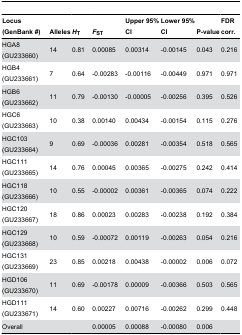
<table><thead><tr><td><b>Locus (GenBank #)</b></td><td><b>Alleles</b></td><td><b><i>H</i><sub>T</sub></b></td><td><b><i>F</i><sub>ST</sub></b></td><td><b>Upper 95% CI</b></td><td><b>Lower 95% CI</b></td><td><b>P-value</b></td><td><b>FDR corr.</b></td></tr></thead><tbody><tr><td>HGA8 (GU233660)</td><td>14</td><td>0.81</td><td>0.00085</td><td>0.00314</td><td>-0.00145</td><td>0.043</td><td>0.216</td></tr><tr><td>HGB4 (GU233661)</td><td>7</td><td>0.64</td><td>-0.00283</td><td>-0.00116</td><td>-0.00449</td><td>0.971</td><td>0.971</td></tr><tr><td>HGB6 (GU233662)</td><td>11</td><td>0.79</td><td>-0.00130</td><td>-0.00005</td><td>-0.00256</td><td>0.395</td><td>0.526</td></tr><tr><td>HGC6 (GU233663)</td><td>10</td><td>0.38</td><td>0.00140</td><td>0.00434</td><td>-0.00154</td><td>0.115</td><td>0.276</td></tr><tr><td>HGC103 (GU233664)</td><td>9</td><td>0.69</td><td>-0.00036</td><td>0.00281</td><td>-0.00354</td><td>0.518</td><td>0.565</td></tr><tr><td>HGC111 (GU233665)</td><td>14</td><td>0.76</td><td>0.00045</td><td>0.00365</td><td>-0.00275</td><td>0.242</td><td>0.414</td></tr><tr><td>HGC118 (GU233666)</td><td>10</td><td>0.55</td><td>-0.00002</td><td>0.00361</td><td>-0.00365</td><td>0.074</td><td>0.222</td></tr><tr><td>HGC120 (GU233667)</td><td>18</td><td>0.86</td><td>0.00023</td><td>0.00283</td><td>-0.00238</td><td>0.192</td><td>0.384</td></tr><tr><td>HGC129 (GU233668)</td><td>10</td><td>0.59</td><td>-0.00072</td><td>0.00119</td><td>-0.00263</td><td>0.054</td><td>0.216</td></tr><tr><td>HGC131 (GU233669)</td><td>23</td><td>0.85</td><td>0.00218</td><td>0.00438</td><td>-0.00002</td><td>0.006</td><td>0.072</td></tr><tr><td>HGD106 (GU233670)</td><td>11</td><td>0.69</td><td>-0.00178</td><td>0.00009</td><td>-0.00366</td><td>0.503</td><td>0.565</td></tr><tr><td>HGD111 (GU233671)</td><td>14</td><td>0.60</td><td>0.00227</td><td>0.00716</td><td>-0.00262</td><td>0.299</td><td>0.448</td></tr><tr><td>Overall</td><td></td><td></td><td>0.00005</td><td>0.00088</td><td>-0.00080</td><td>0.006</td><td></td></tr></tbody></table>